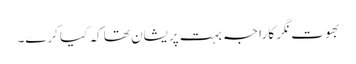
بھوت نگر کا راجہ بہت پریشان تھا کہ کیا کرے۔